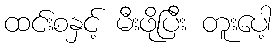
ထင်းစနှင့် မီးဖိုပြီး တူးပေါ့